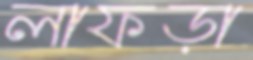
লাফড়া